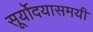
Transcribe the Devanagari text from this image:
सूर्योदयासमयी